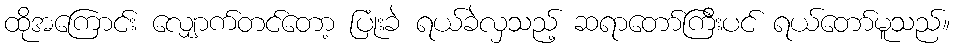
ထိုအကြောင်း လျှောက်တင်တော့ ပြုံးခဲ ရယ်ခဲလှသည့် ဆရာတော်ကြီးပင် ရယ်တော်မူသည်။